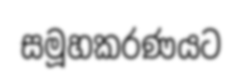
සමූහකරණයට